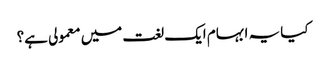
کیا یہ ابہام ایک لغت میں معمولی ہے؟